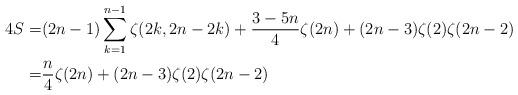
LaTeX: \begin{align*} 4S=&(2n-1) \sum_{k=1}^{n-1} \zeta(2k,2n-2k)+\frac{3-5n}4\zeta(2n)+(2n-3)\zeta(2)\zeta(2n-2)\\=& \frac{n}4\zeta(2n)+(2n-3)\zeta(2)\zeta(2n-2)\end{align*}